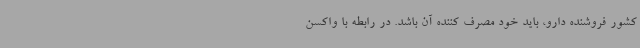
کشور فروشنده دارو، باید خود مصرف کننده آن باشد. در رابطه با واکسن